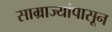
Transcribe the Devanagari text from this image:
साम्राज्यांपासून